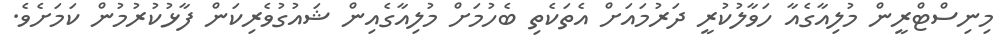
މިނިސްޓްރީން މުލިއާގެއާ ހަވާލުކުރީ ދަރުމައަށް އެތަކެތި ބެހުމަށް މުލިއާގެއިން ޝައުގުވެރިކަން ފާޅުކުރުމުން ކަމަށެވެ.